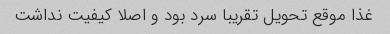
غذا موقع تحویل تقریبا سرد بود و اصلا کیفیت نداشت